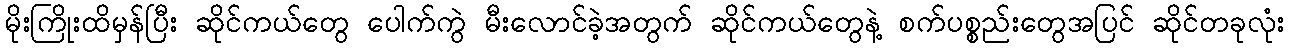
မိုးကြိုးထိမှန်ပြီး ဆိုင်ကယ်တွေ ပေါက်ကွဲ မီးလောင်ခဲ့အတွက် ဆိုင်ကယ်တွေနဲ့ စက်ပစ္စည်းတွေအပြင် ဆိုင်တခုလုံး